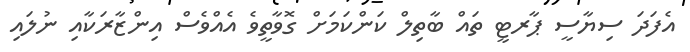
އެފަދަ ސިޔާސީ ޕާރޓީ ތައް ބާތިލް ކަންކަމަށް ގޮވާތީވެ އެެއްވެސް އިންޒާރަކާއި ނުލައި